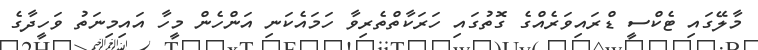
މާލޭގައި ޓެކްސީ ޑްރައިވަރެއްގެ ގޮތުގައި ހަރަކާތްތެރިވާ ހަމައެކަނި އަންހެން މީހާ އައިމިނަތު ވަހީދާގެ